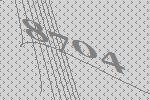
8704